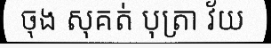
ចុង សុគត់ បុត្រា វ័យ